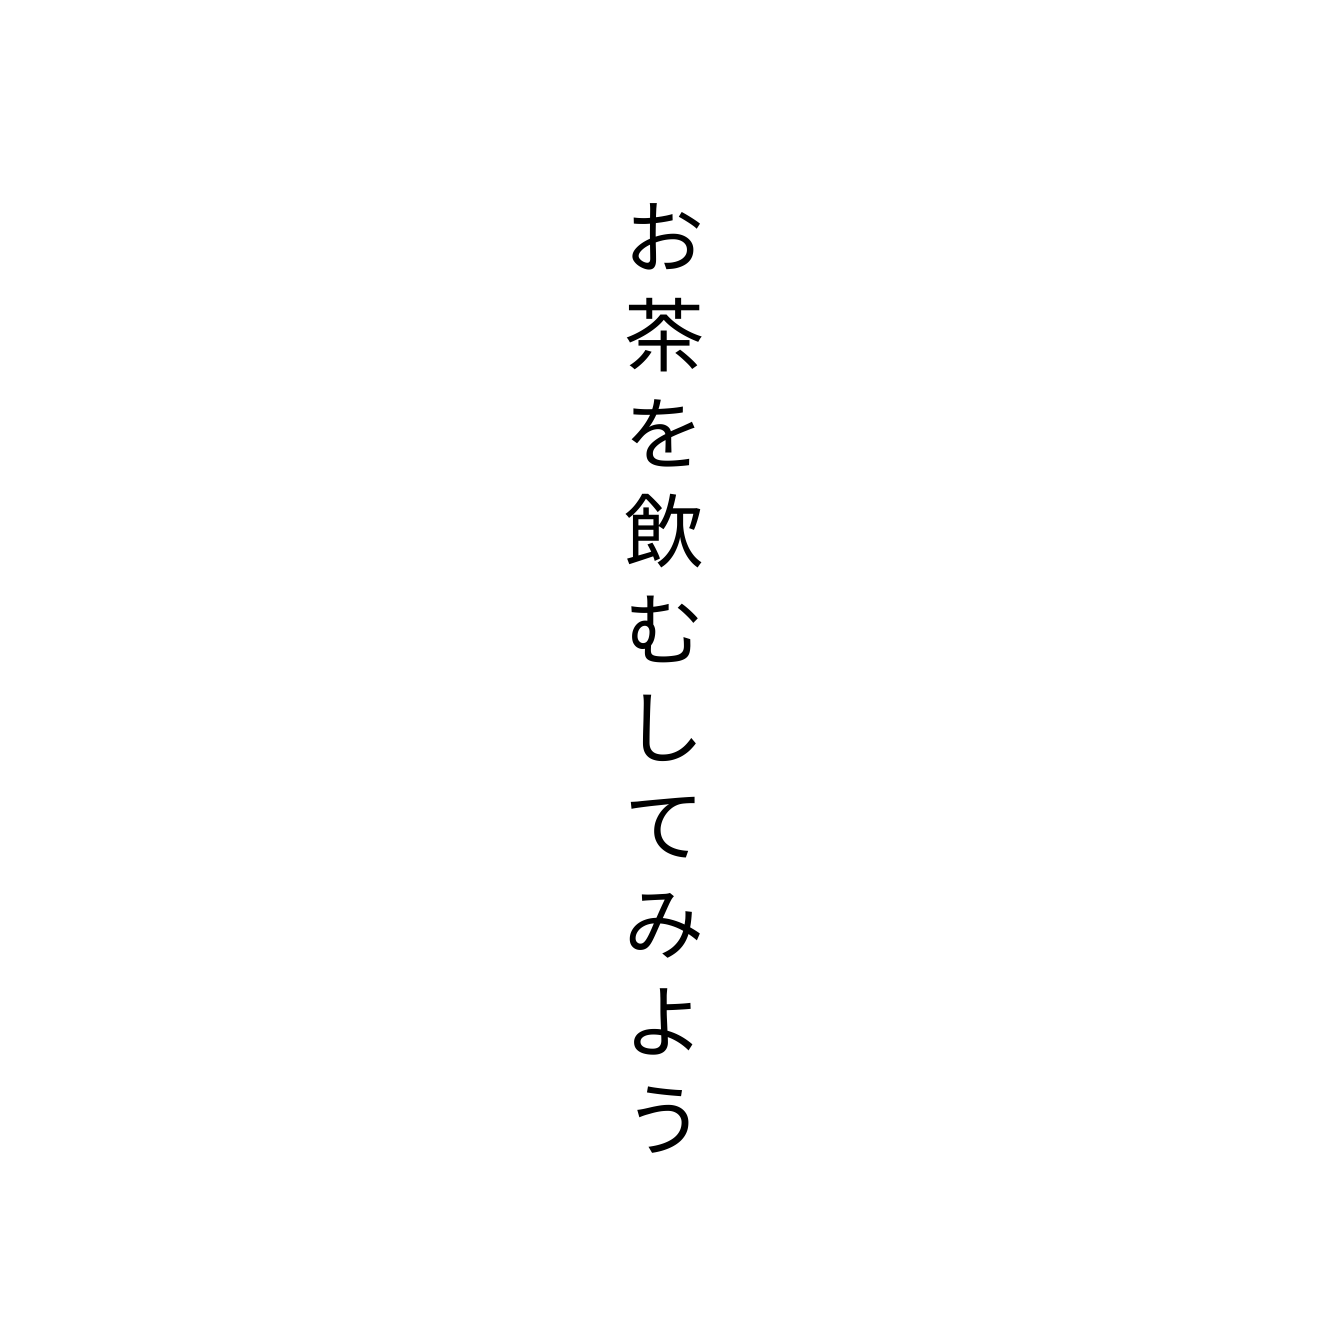
お茶を飲むしてみよう